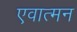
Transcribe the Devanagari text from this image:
एवात्मन